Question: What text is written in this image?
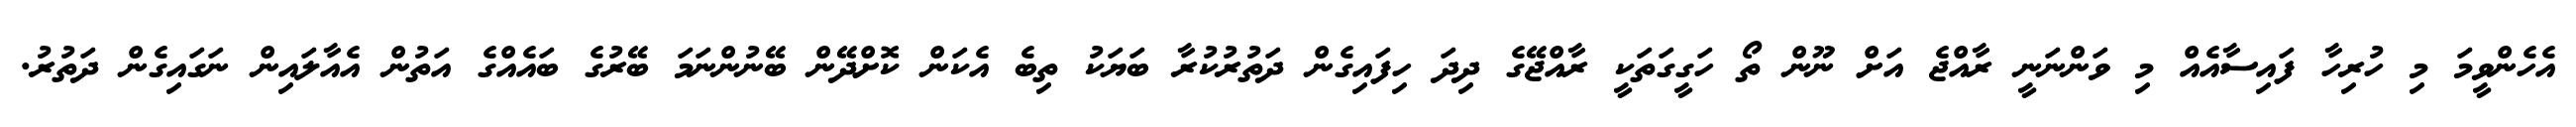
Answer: އެހެންވީމަ މި ހުރިހާ ފައިސާއެއް މި ވަންނަނީ ރާއްޖެ އަށް ނޫން ތޯ ހަގީގަތަކީ ރާއްޖޭގެ ދިދަ ހިފައިގެން ދަތުރުކުރާ ބަޔަކު ތިބެ އެކަން ކޮށްދޭން ބޭނުންނަމަ ބޭރުގެ ބައެއްގެ އަތުން އެއާލައިން ނަގައިގެން ދަތުރު.